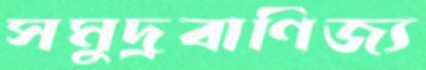
সমুদ্রবাণিজ্য